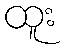
ထူး